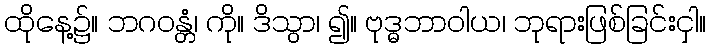
ထိုနေ့၌။ ဘဂဝန္တံ၊ ကို။ ဒိသွာ၊ ၍။ ဗုဒ္ဓဘာဝါယ၊ ဘုရားဖြစ်ခြင်းငှါ။